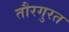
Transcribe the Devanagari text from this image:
तौरगुरत